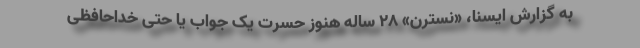
به گزارش ایسنا، «نسترن» ۲۸ ساله هنوز حسرت یک جواب یا حتی خداحافظی